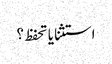
استثنا یا تحفظ ؟